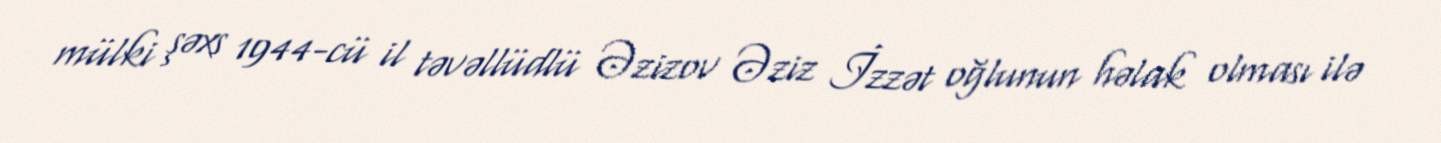
mülki şəxs 1944-cü il təvəllüdlü Əzizov Əziz İzzət oğlunun həlak olması ilə